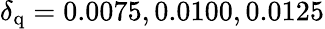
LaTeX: \delta_{\mathrm{q}}=0.0075,0.0100,0.0125